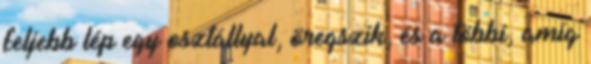
feljebb lép egy osztállyal, öregszik, és a többi, amíg